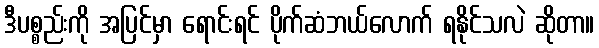
ဒီပစ္စည်းကို အပြင်မှာ ရောင်းရင် ပိုက်ဆံဘယ်လောက် ရနိုင်သလဲ ဆိုတာ။